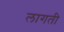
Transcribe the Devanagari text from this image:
लागती